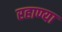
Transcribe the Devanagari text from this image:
रहाण्या